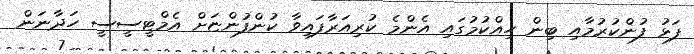
ފަޅު ފުންކުރުމާއި ބިން ހިއްކުމުގައި އެންމެ ކުރިއަރާފައިވާ ކުންފުންޏަށް އެމްޓީސީސީ ހަދާނަން